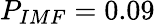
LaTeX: P_{IMF}=0.09